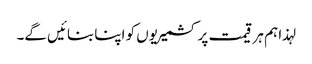
لہذا ہم ہر قیمت پر کشمیریوں کو اپنا بنائیں گے۔